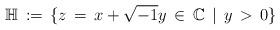
LaTeX: \begin{align*}\mathbb{H}\,:=\,\lbrace z\,=\,x+\sqrt{-1}y\,\in\, \mathbb{C}\,\mid\,y\,>\,0 \rbrace \end{align*}